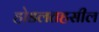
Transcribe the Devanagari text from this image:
होडलतहसील